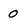
Character: 0